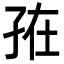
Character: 𭓁